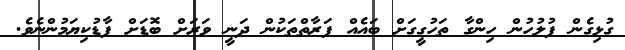
ގުޅިގެން ފުލުހުން ހިންގާ ތަހުގީގަށް ބައެއް ފަރާތްތަކުން ދަނީ ވަރަށް ބޮޑަށް ފާޑުކިޔަމުންނެވެ.